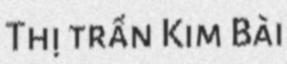
Thị trấn Kim Bài